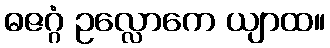
ဓဇဂ္ဂံ ဥလ္လောကေ ယျာထ။